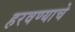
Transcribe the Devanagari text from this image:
हरवण्याचे